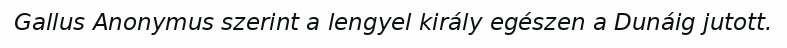
Gallus Anonymus szerint a lengyel király egészen a Dunáig jutott.